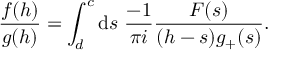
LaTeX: \frac { f ( h ) } { g ( h ) } = \int _ { d } ^ { c } \mathrm { d } s \; \frac { - 1 } { \pi i } \frac { { \cal F } ( s ) } { ( h - s ) g _ { + } ( s ) } .